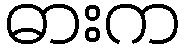
ဓားက